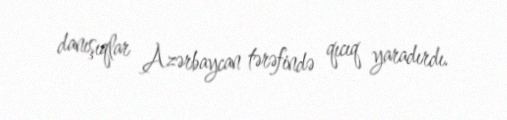
danışıqlar Azərbaycan tərəfində qıcıq yaradırdı.